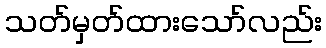
သတ်မှတ်ထားသော်လည်း